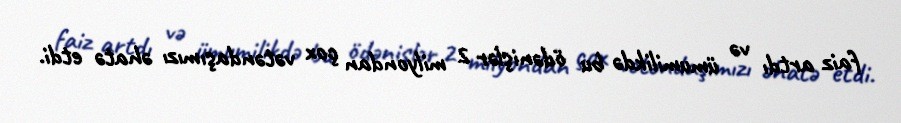
faiz artdı və ümumilikdə bu ödənişlər 2 milyondan çox vətəndaşımızı əhatə etdi.